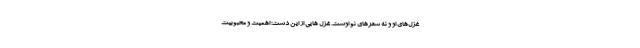
غزل‌های او و نه شعرهای نو اوست. غزل هایی از این دست: اهمیت و محبوبیت